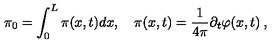
\pi _ { 0 } = \int _ { 0 } ^ { L } \pi ( x , t ) d x , \quad \pi ( x , t ) = \frac { 1 } { 4 \pi } \partial _ { t } \varphi ( x , t ) \: ,